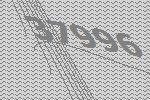
37996